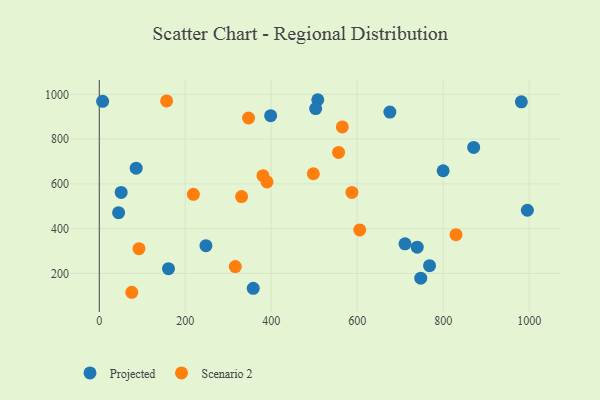
{"axis": {"x": "Experience", "y": "Salary"}, "legend": ["Projected", "Scenario 2"], "data": [{"x": "739.5", "y": 317.1, "type": "Projected"}, {"x": "161.0", "y": 221.0, "type": "Projected"}, {"x": "799.8", "y": 658.5, "type": "Projected"}, {"x": "747.7", "y": 178.8, "type": "Projected"}, {"x": "711.1", "y": 332.3, "type": "Projected"}, {"x": "358.1", "y": 133.2, "type": "Projected"}, {"x": "870.8", "y": 762.6, "type": "Projected"}, {"x": "7.8", "y": 968.8, "type": "Projected"}, {"x": "768.2", "y": 234.6, "type": "Projected"}, {"x": "995.7", "y": 482.1, "type": "Projected"}, {"x": "508.2", "y": 975.9, "type": "Projected"}, {"x": "248.1", "y": 324.0, "type": "Projected"}, {"x": "503.3", "y": 936.5, "type": "Projected"}, {"x": "398.6", "y": 904.7, "type": "Projected"}, {"x": "50.9", "y": 561.6, "type": "Projected"}, {"x": "44.9", "y": 471.3, "type": "Projected"}, {"x": "981.7", "y": 966.4, "type": "Projected"}, {"x": "675.9", "y": 920.9, "type": "Projected"}, {"x": "85.8", "y": 669.9, "type": "Projected"}, {"x": "218.9", "y": 553.4, "type": "Scenario 2"}, {"x": "92.3", "y": 310.5, "type": "Scenario 2"}, {"x": "497.9", "y": 645.1, "type": "Scenario 2"}, {"x": "556.5", "y": 740.5, "type": "Scenario 2"}, {"x": "331.0", "y": 543.2, "type": "Scenario 2"}, {"x": "565.3", "y": 854.2, "type": "Scenario 2"}, {"x": "829.7", "y": 373.2, "type": "Scenario 2"}, {"x": "156.7", "y": 970.4, "type": "Scenario 2"}, {"x": "347.2", "y": 894.3, "type": "Scenario 2"}, {"x": "587.6", "y": 561.6, "type": "Scenario 2"}, {"x": "605.8", "y": 394.4, "type": "Scenario 2"}, {"x": "390.2", "y": 608.9, "type": "Scenario 2"}, {"x": "380.8", "y": 636.5, "type": "Scenario 2"}, {"x": "316.4", "y": 230.5, "type": "Scenario 2"}, {"x": "75.6", "y": 115.7, "type": "Scenario 2"}]}